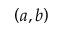
\left( a , b \right)